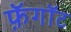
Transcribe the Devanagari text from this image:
फ़ॅगॉट